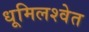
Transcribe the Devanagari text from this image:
धूमिलश्वेत